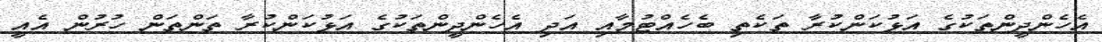
އެހެންދީންތަކުގެ އަޅުކަންކުރާ ތަކެތި ބެހެއްޓުމާއި އަދި އެހެންދީންތަކުގެ އަޅުކަންކުރާ ތަންތަން ހުރުން އެއީ